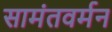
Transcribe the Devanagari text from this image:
सामंतवर्मन